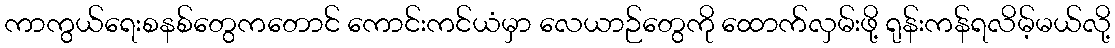
ကာကွယ်ရေးစနစ်တွေကတောင် ကောင်းကင်ယံမှာ လေယာဉ်တွေကို ထောက်လှမ်းဖို့ ရုန်းကန်ရလိမ့်မယ်လို့